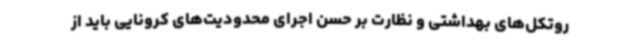
روتکل‌های بهداشتی و نظارت بر حسن اجرای محدودیت‌های کرونایی باید از